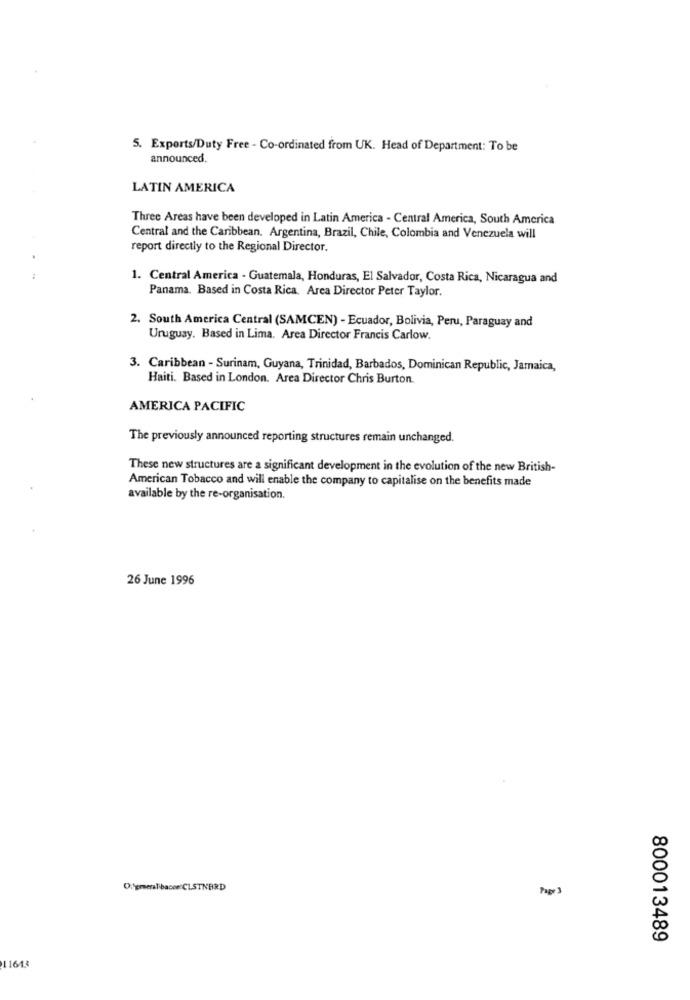
5. Exports/Duty Free - Co-ordinated from UK. Head of Department: To be
announced.
LATIN AMERICA
Three Areas have been developed in Latin America - Central America, South America
Central and the Caribbean. Argentina, Brazil, Chile, Colombia and Venezuela will
report directly to the Regional Director.
1. Central America - Guatemala, Honduras, El Salvador, Costa Rica, Nicaragua and
Panama. Based in Costa Rica. Area Director Peter Taylor.
2. South America Central (SAMCEN) - Ecuador, Bolivia, Peru, Paraguay and
Uruguay. Based in Lima. Area Director Francis Carlow.
3. Caribbean - Surinam, Guyana, Trinidad, Barbados, Dominican Republic, Jamaica,
Haiti. Based in London. Area Director Chris Burton.
AMERICA PACIFIC
The previously announced reporting structures remain unchanged.
These new structures are a significant development in the evolution of the new British-
American Tobacco and will enable the company to capitalise on the benefits made
available by the re-organisation.
26 June 1996
0:1gmeralibacon CLSTNBRD
Page 3
800013489
11613